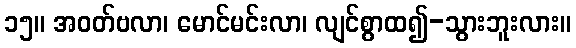
၁၅။ အဝတ်ဗလာ၊ မောင်မင်းလာ၊ လျင်စွာထ၍-သွားဘူးလား။